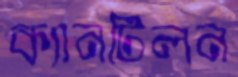
ক্যানটিলন